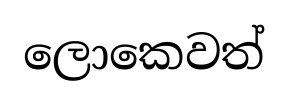
ලොකෙවත්